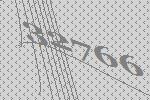
32766